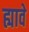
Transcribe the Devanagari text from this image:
ह्यावे